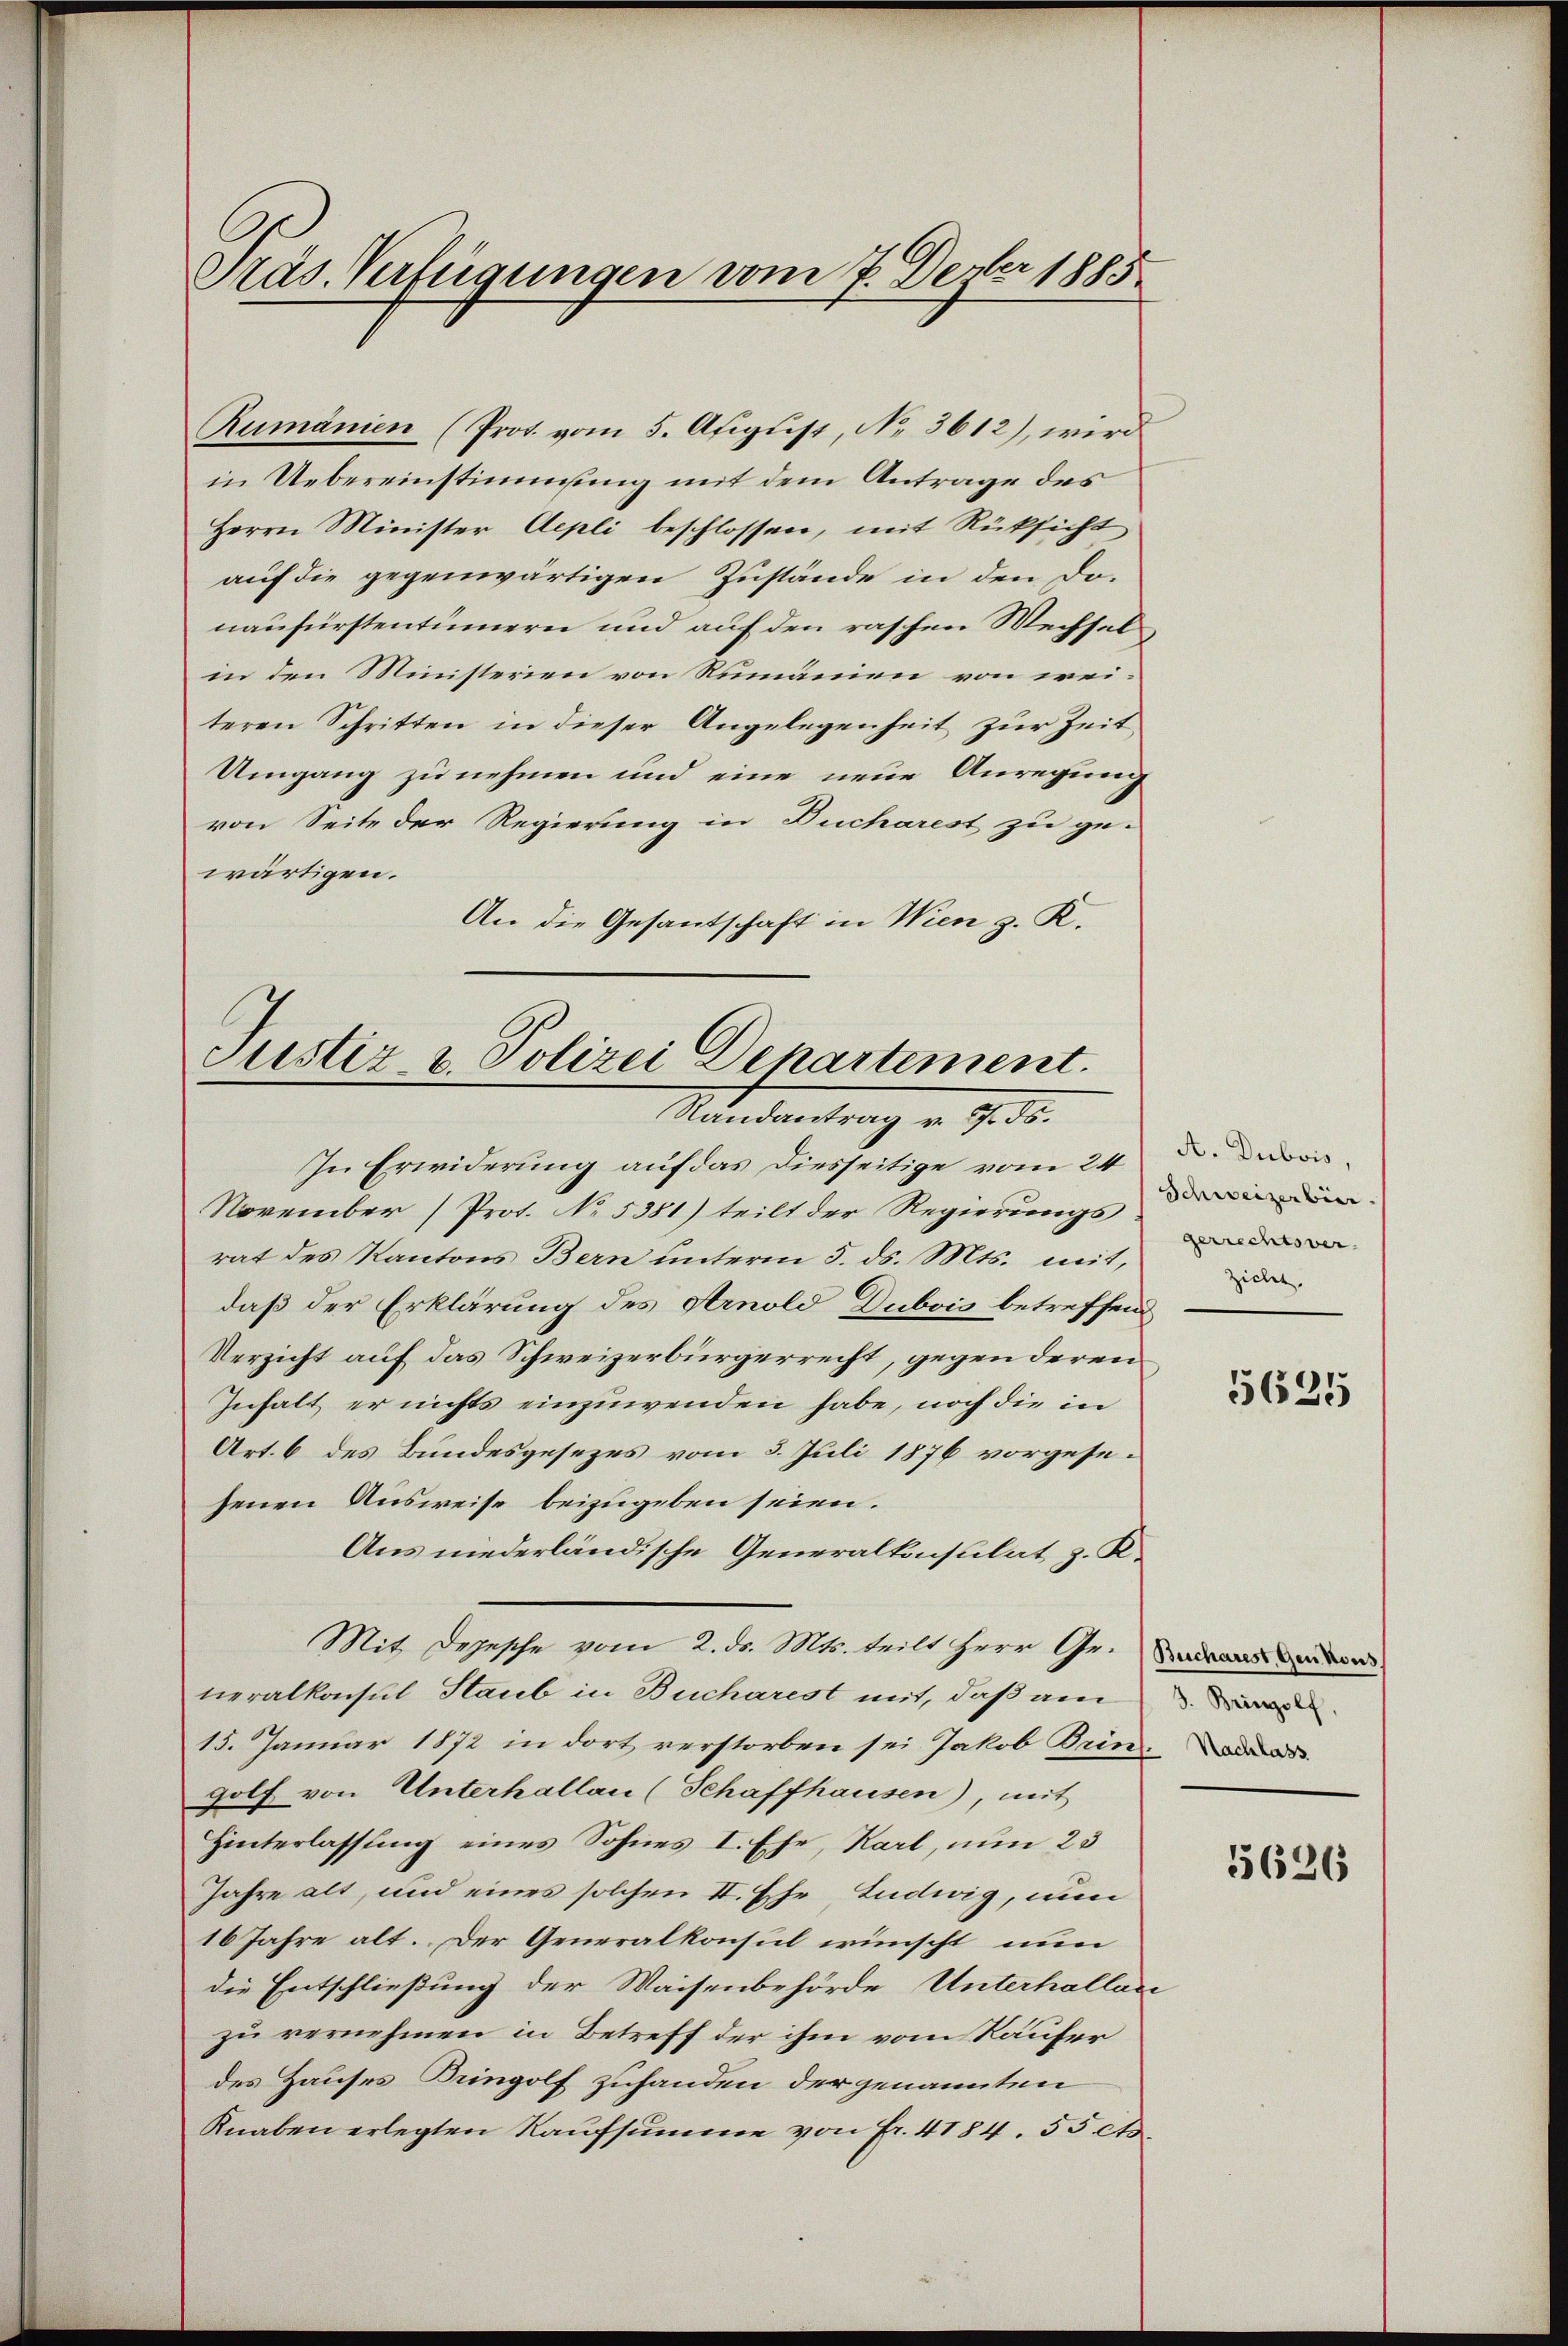
Präs. Verfügungen vom 7. Dever 1885

Rumänien (Prot. vom 5. Apigŭst, No. 3612), wird
in Uebereinstimmung mit dem Antrage des
Herrn Minister Aepli beschlossen, mit Rücksicht
auf die gegenwärtigen Zustände in den Donaufürstentümern und auf den raschen Wechsel
in den Ministerien von Rumänien von weiteren Schritten in dieser Angelegenheit zur Zeit
Umgang zu nehmen und eine neue Anregung
von Seite der Regierung in Ducharest zu ge-
wärtigen.
An die Gesantschaft in Wien z. K.

Justiz u. Polizei Departement.
Randantrag v. 7. ds.

In Erwiderung auf das Diesseitige vom 24
November (Prot. No. 5381) teilt der Regierungs
rat des Kantons Bern unterm 5. ds. Mts. mit,
daß der Erklärung des Arnold Dubois betreffend
Verzicht auf das Schweizerbürgerrecht, gegen deren
Inhalt er nichts einzuwenden habe, noch die in
Art. 6 des Bundesgesezes vom 3. Juli 1876 vorgesesenen Ausweise beizugeben seien.
Aus niederländische Generalkonsulat z. K.
Mit Depesche vom 2. ds. Mts. teilt Herr Gr.
neralkonsul Staub in Bucharest mit, daß am
15. Januar 1872 in dort verstorben sei Jakob Brin.
Holf von Unterhallau (Schaffhausen), mit
Hinterlassung eines Sohnes I. Ehe, Karl, nun 23
Jahre alt, und eines solchen II. Ehe, Ludwig, nu
16 Jahre alt. Der Generalkonsul wünscht nun
die Entschließung der Waisenbehörde Unterhallen
zu vernehmen in Betreff der ihm vom Käufer
des Hauses Bringolf zuhanden der genannten
Knaben erlegten Kaufsumme von Fr. 4184. 55 cts.

A. Dubois,
gerrechtsver
Zielen.

5625

3. Bringolf,

5626